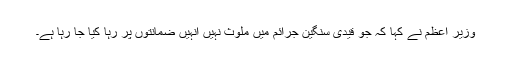
وزیر اعظم نے کہا کہ جو قیدی سنگین جرائم میں ملوث نہیں انہیں ضمانتوں پر رہا کیا جا رہا ہے۔